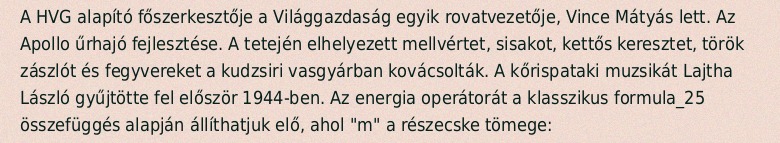
A HVG alapító főszerkesztője a Világgazdaság egyik rovatvezetője, Vince Mátyás lett. Az Apollo űrhajó fejlesztése. A tetején elhelyezett mellvértet, sisakot, kettős keresztet, török zászlót és fegyvereket a kudzsiri vasgyárban kovácsolták. A kőrispataki muzsikát Lajtha László gyűjtötte fel először 1944-ben. Az energia operátorát a klasszikus formula_25 összefüggés alapján állíthatjuk elő, ahol "m" a részecske tömege: